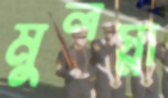
মুলস্না